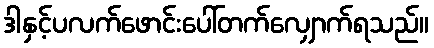
ဒါနှင့်ပလက်ဖောင်းပေါ်တက်လျှောက်ရသည်။